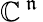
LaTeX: \mathbb{C}^{{\, \mathfrak{n}\, }}